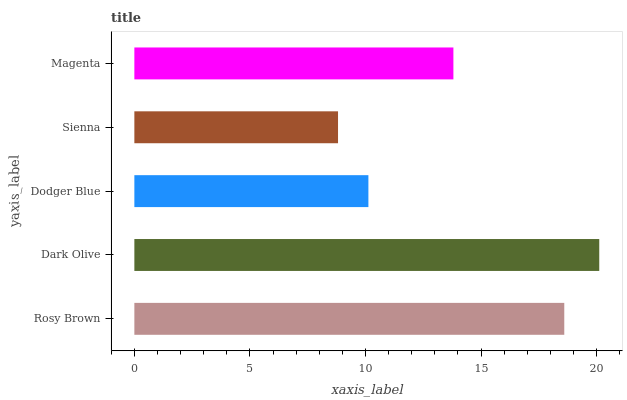
| yaxis_label | bars |
 | --- | --- |
 | Rosy Brown | 18.6 |
 | Dark Olive | 20.1 |
 | Dodger Blue | 10.1 |
 | Sienna | 8.81 |
 | Magenta | 13.8 |